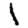
Digit: 1